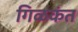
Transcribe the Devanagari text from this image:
गिळकंत